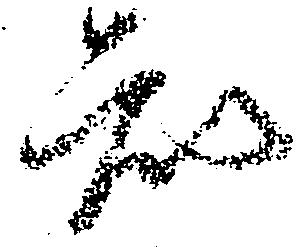
知